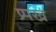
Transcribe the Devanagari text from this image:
प्र्पख